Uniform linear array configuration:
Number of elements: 64
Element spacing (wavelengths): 0.25
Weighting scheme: hamming
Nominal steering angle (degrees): -60
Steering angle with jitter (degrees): -61.41
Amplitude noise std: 0.05
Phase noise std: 0.05

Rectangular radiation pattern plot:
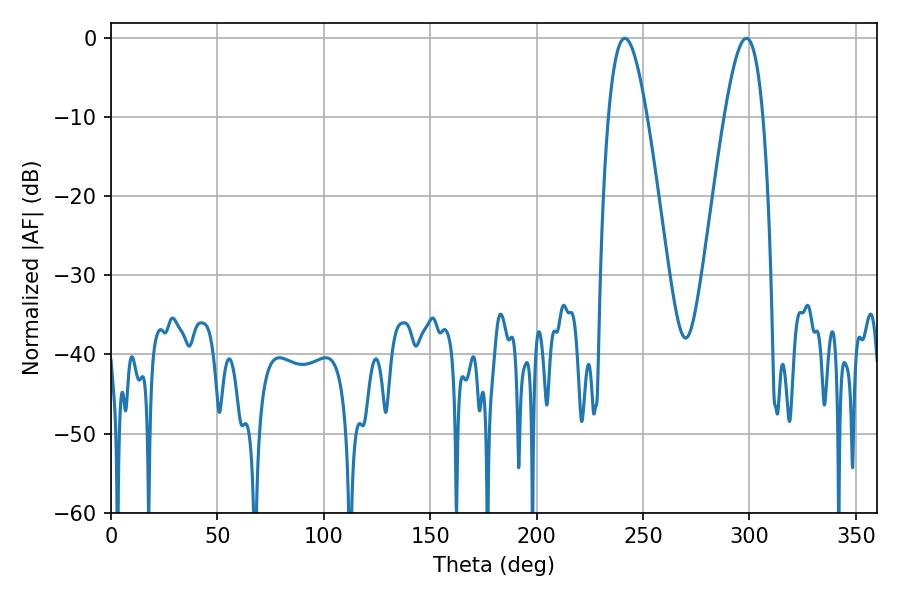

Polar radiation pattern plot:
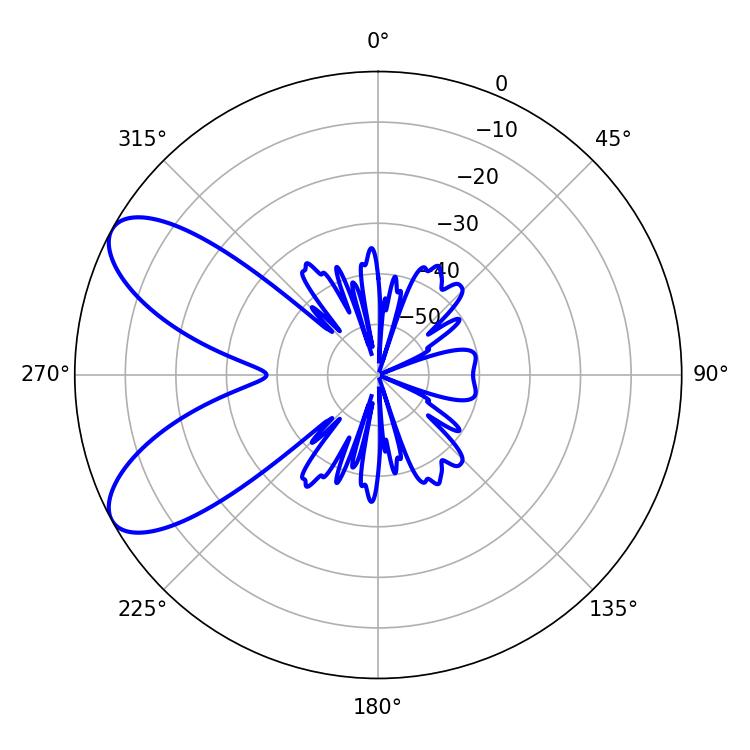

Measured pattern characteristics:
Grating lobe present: FALSE
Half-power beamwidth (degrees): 9.9
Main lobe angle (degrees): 241.38